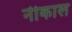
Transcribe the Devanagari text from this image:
नीकाल